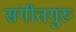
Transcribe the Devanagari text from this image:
संगीतगुरु